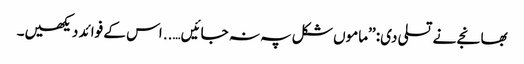
بھانجے نے تسلی دی: ’’ماموں شکل پہ نہ جائیں….. اس کے فوائد دیکھیں۔